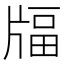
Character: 𤗚